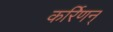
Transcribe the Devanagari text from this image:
कर्रिणन्